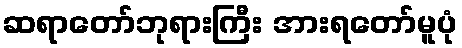
ဆရာတော်ဘုရားကြီး အားရတော်မူပုံ